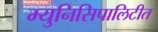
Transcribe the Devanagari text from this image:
म्युनिसिपालिटीत